Scottish Leaving Certificate Examination, 1961
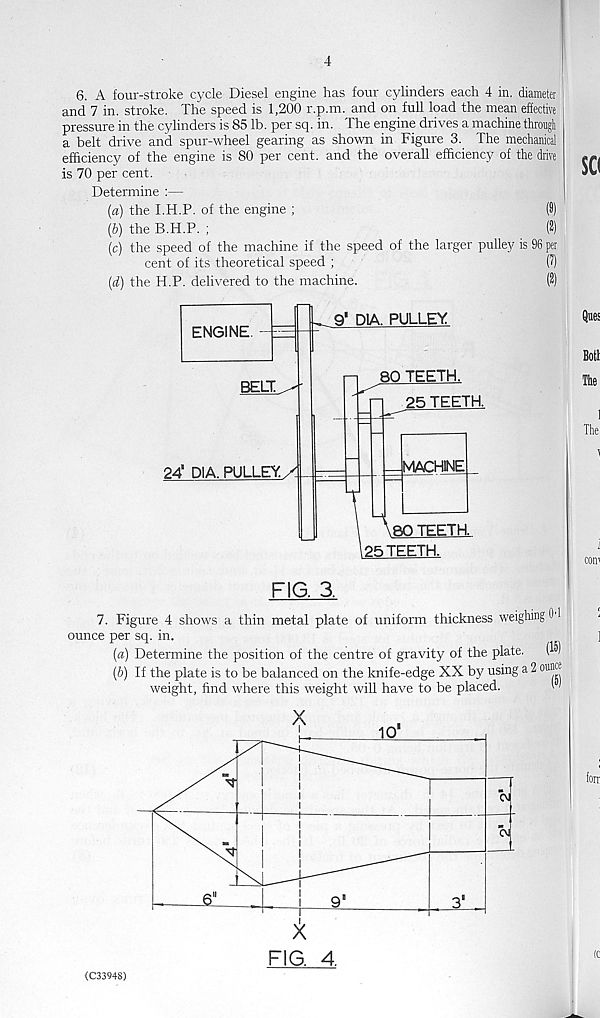
4
6. A four-stroke cycle Diesel engine has four cylinders each 4 in. diameter
and 7 in. stroke. The speed is 1,200 r.p.m. and on full load the mean effective
pressure in the cylinders is 85 lb. per sq. in. The engine drives a machine througli
a belt drive and spur-wheel gearing as shown in Figure 3. The mechanical
efficiency of the engine is 80 per cent, and the overall efficiency of the drive
is 70 per cent.
Determine :—
(a) the I.H.P. of the engine ;
(9)
(&) the B.H.P. ;
(2)
(c) the speed of the machine if the speed of the larger pulley is 96 per
cent of its theoretical speed ;
(7)
(d) the H.P. delivered to the machine.
(2)
FIG. 3.
7. Figure 4 shows a thin metal plate of uniform thickness weighing 01
ounce per sq. in.
(а) Determine the position of the centre of gravity of the plate. (^)
(б) If the plate is to be balanced on the knife-edge XX by using a 2 ounce
weight, find where this weight will have to be placed.
1
<C3394S)